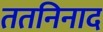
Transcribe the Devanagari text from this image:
ततनिनाद